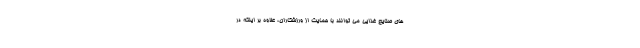
های صنایع غذایی می توانند با حمایت از ورزشکاران، علاوه بر اینکه در